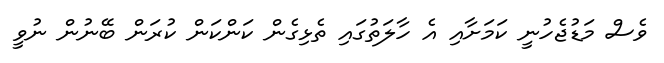
ވެސް މަޑުޖެހުނީ ކަމަށާއި އެ ހާލަތުގައި ތެޅިގެން ކަންކަން ކުރަން ބޭނުން ނުވީ